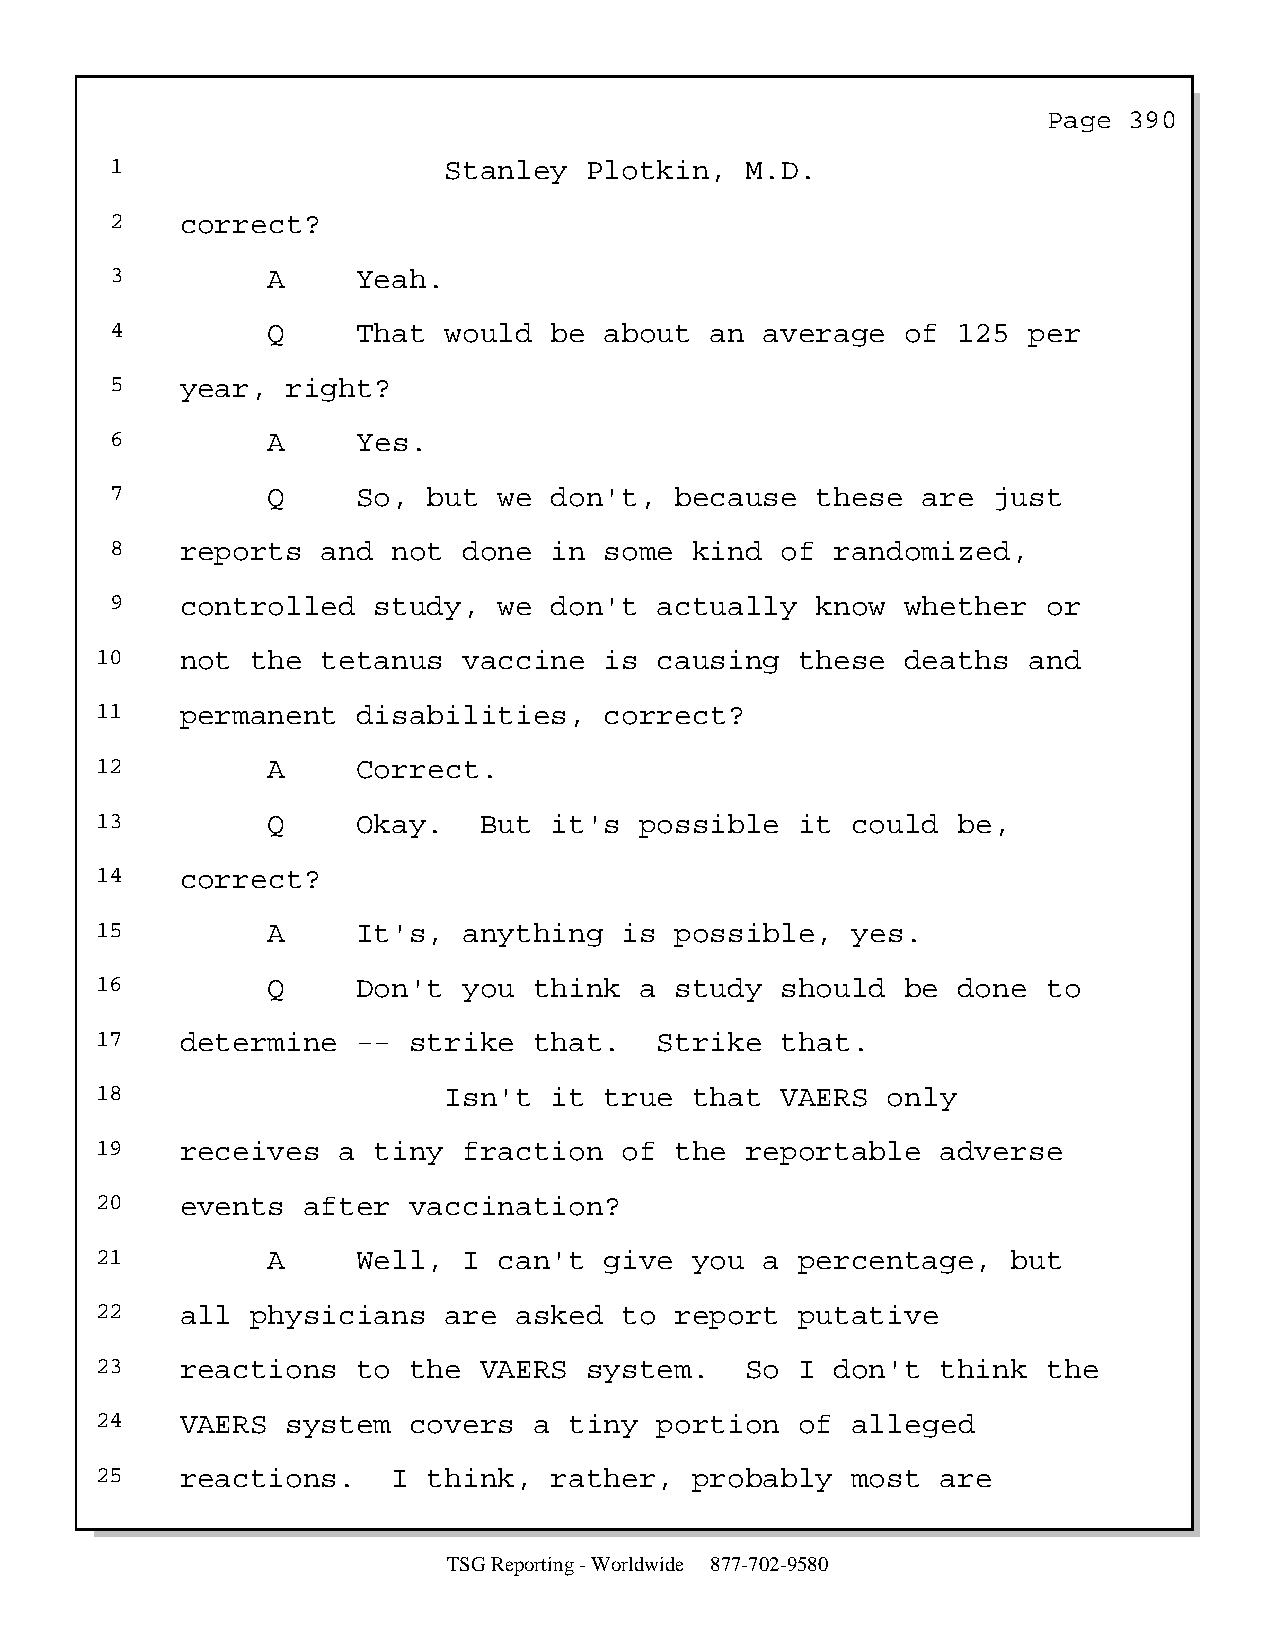
Page  390
 1                     Stanley   Plotkin,  M.D.
 2    correct?
 3          A     Yeah.
 4          Q     That would  be  about  an  average  of 125  per
 5    year,  right?
 6          A     Yes.
 7          Q     So, but  we don't,   because  these  are  just
 8    reports  and  not  done in  some  kind  of randomized,
 9    controlled   study,  we don't   actually  know  whether  or
 10    not  the tetanus   vaccine  is  causing  these  deaths  and
 11    permanent   disabilities,   correct?
 12          A     Correct.
 13          Q     Okay.   But it's  possible   it could  be,
 14    correct?
 15          A     It's,  anything  is  possible,  yes.
 16          Q     Don't  you think  a  study  should  be done  to
 17    determine   -- strike  that.    Strike  that.
 18                     Isn't  it  true  that  VAERS  only
 19    receives  a  tiny  fraction  of  the reportable   adverse
 20    events  after  vaccination?
 21          A     Well,  I can't  give  you  a percentage,   but
 22    all  physicians  are  asked  to  report  putative
 23    reactions   to the  VAERS  system.   So  I don't  think  the
 24    VAERS  system  covers  a  tiny  portion  of alleged
 25    reactions.    I think,  rather,   probably  most  are
 TSG Reporting - Worldwide 877-702-9580